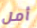
أمل